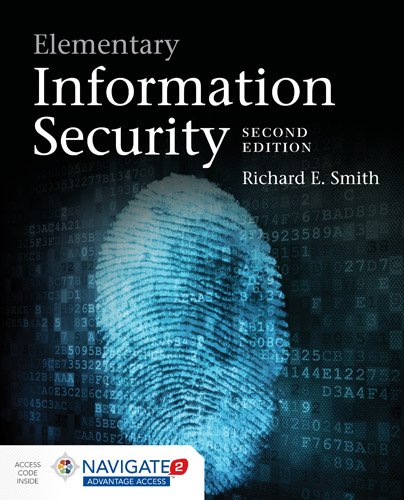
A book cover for Elementary Information Security; Richard E. Smith; Computers & Technology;